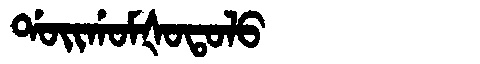
Manchu: ᡩᠣᡳᡤᠣᠮᡧᠣᡨᠣᠯᠣ
Romanization: DOIGOMŠOTOLO